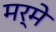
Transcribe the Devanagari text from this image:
मर्मे